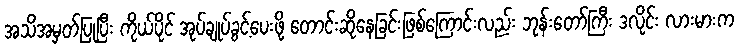
အသိအမှတ်ပြုပြီး ကိုယ်ပိုင် အုပ်ချုပ်ခွင့်ပေးဖို့ တောင်းဆိုနေခြင်းဖြစ်ကြောင်းလည်း ဘုန်းတော်ကြီး ဒလိုင်း လားမားက